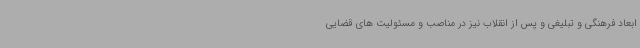
ابعاد فرهنگی و تبلیغی و پس از انقلاب نیز در مناصب و مسئولیت های قضایی